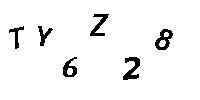
TY6Z28